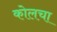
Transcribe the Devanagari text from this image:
कोलचा